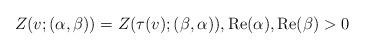
LaTeX: \begin{align*}Z(v;(\alpha,\beta))=Z(\tau(v);(\beta,\alpha)), \mathrm{Re}(\alpha), \mathrm{Re}(\beta)>0 \end{align*}